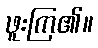
ဖူးကြ၏။